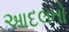
આદલતો